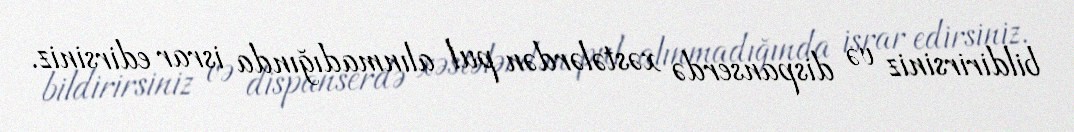
bildirirsiniz və dispanserdə xəstələrdən pul alınmadığında israr edirsiniz.